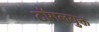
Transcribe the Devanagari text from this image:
टॉगलयुक्त